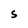
Character: S